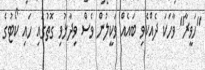
"ހަވީރާ" ވާހަކަ ދެއްކެވި ބައެއް ވަކީލުން ވެސް ވިދާޅުވި ގޮތުގައި ހައި ކޯޓުގެ